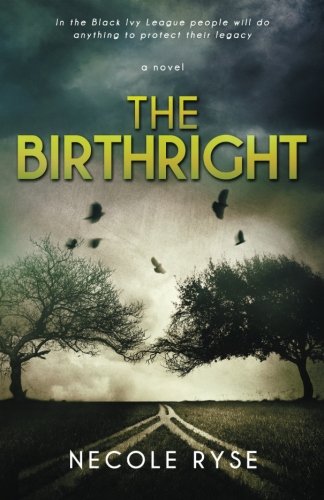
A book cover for The Birthright (The Birthright Trilogy) (Volume 3); Necole Ryse; Mystery, Thriller & Suspense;